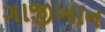
ગાજીખાન